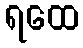
ရထေ